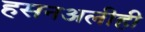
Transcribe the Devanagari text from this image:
हसनअलीही